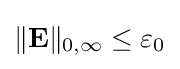
{\textstyle \|\mathbf {E} \|_{0,\infty }\leq \varepsilon _{0}}